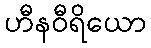
ဟီနဝီရိယော